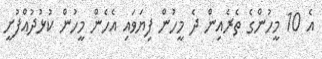
އެ 10 މީހުންގެ ތެރެއިން ދެ މީހުން ފިޔަވައި އެހެން މީހުން ކުޅުދުއްފުށީ